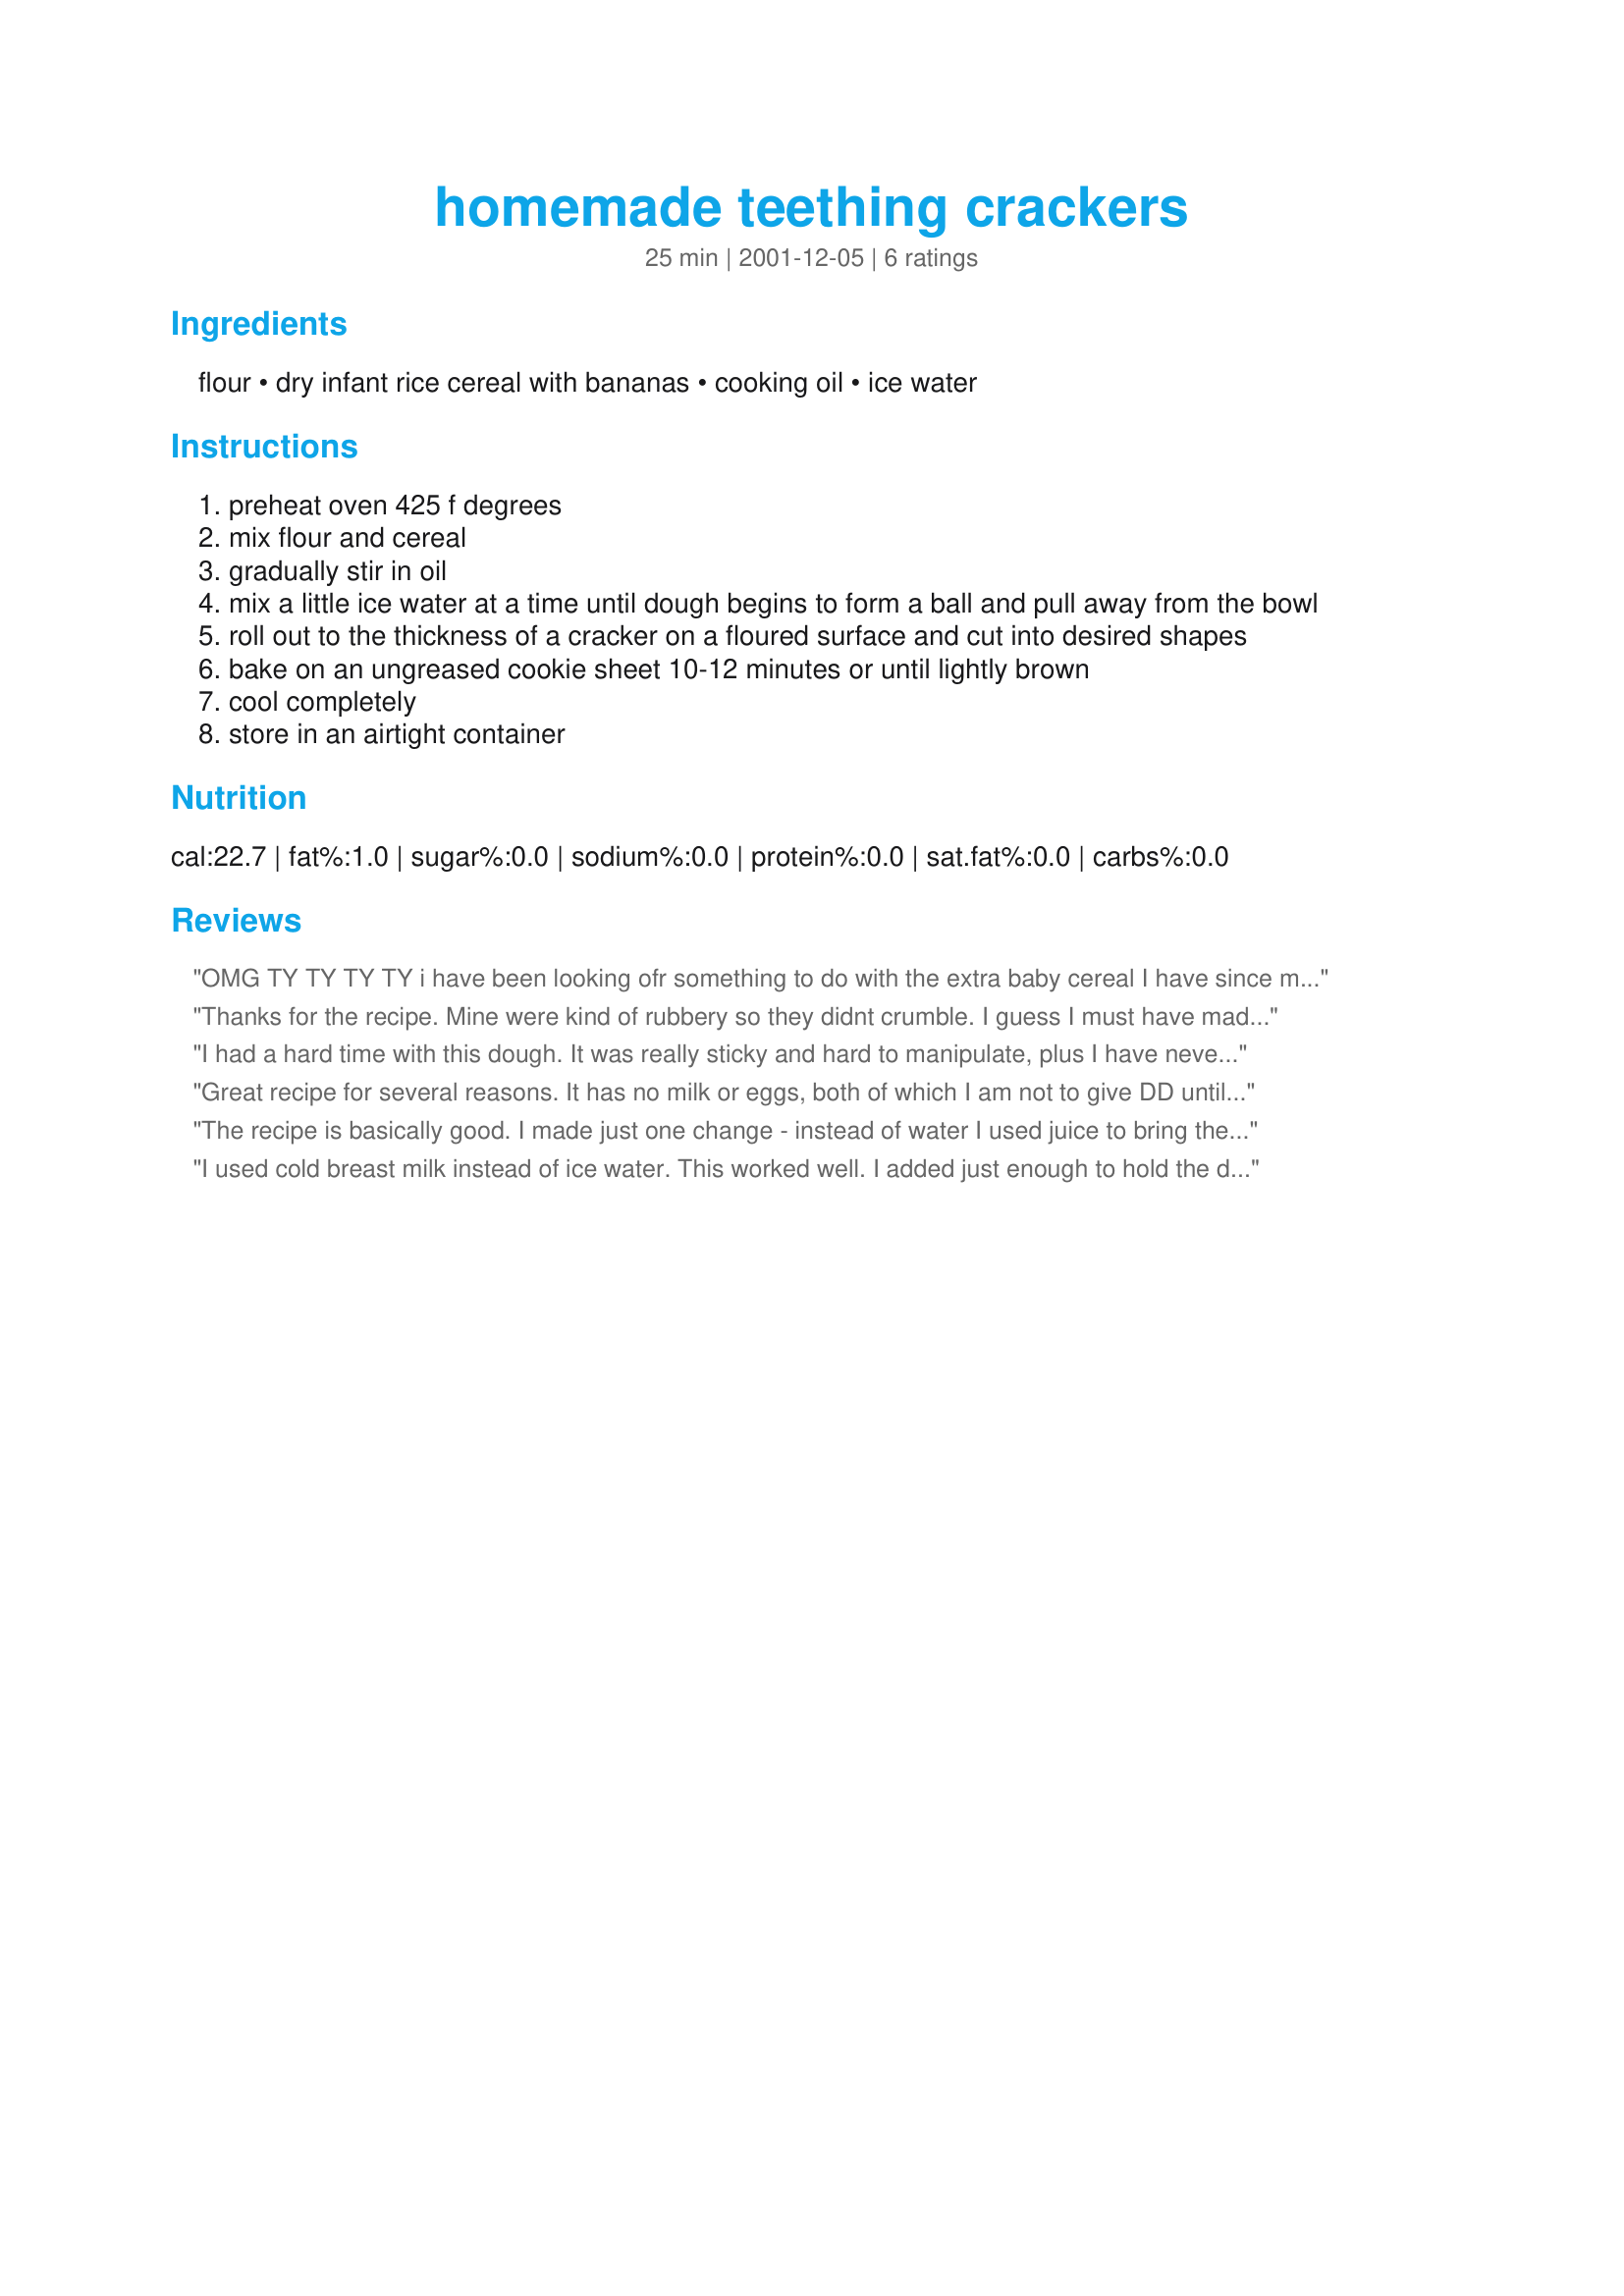
homemade teething crackers
Preparation time: 25 minutes

Ingredients:
flour, dry infant rice cereal with bananas, cooking oil, ice water

Steps:
preheat oven 425 f degrees
mix flour and cereal
gradually stir in oil
mix a little ice water at a time until dough begins to form a ball and pull away from the bowl
roll out to the thickness of a cracker on a floured surface and cut into desired shapes
bake on an ungreased cookie sheet 10-12 minutes or until lightly brown
cool completely
store in an airtight container

Reviews:
OMG TY TY TY TY i have been looking ofr something to do with the extra baby cereal I have since my grandson REFUSES to eat breakfast. I will be making this week and let ya know if he will eat these Tina from Oklahoma
Thanks for the recipe. Mine were kind of rubbery so they didnt crumble. I guess I must have made mine too big, It made 17 cookies. The dough was sticky for me too. i rolled it into balls with floured hands and flattened them with the bottom of the measuring cup. My daughter liked them too. Thanks again for a great recipe.
I had a hard time with this dough. It was really sticky and hard to manipulate, plus I have never made crackers before so I mostly made a big mess and wasted a lot of the dough. However, a few actually made it into the oven and the three year old actually ate some and the baby cries when you take them away, so I guess they are a hit! I will definately try again. I used half whole wheat flour. A note: these are not quite hard enough to be teething crackers, the chunks don't dissolve in the baby's mouth and she can get choked on them. So be watchful!
Great recipe for several reasons. It has no milk or eggs, both of which I am not to give DD until at least one year of age according to her pediatrician. So many infant recipes have one or both of those ingredients! They are hard so DD can suck and chew on them without them falling apart right away. I did have trouble with the dough - it is impossible to roll out! I rolled the dough into small balls, then flattened them with the bottom of a glass to make small round cookies. It worked well and was much less frustrating than my attempt at rolling the sticky dough.
The recipe is basically good. I made just one change - instead of water I used juice to bring the dough together. Added just a touch of sweetness and flavor. And I also cooked them until they were like hockey pucks. At 350 til golden brown, then down at 200 until hard enough I couldn't bite them apart easily. So far my 8 month old hasn't been able to crumble one, instead it sorta mushes off as he sucks/gums it.
I used cold breast milk instead of ice water. This worked well. I added just enough to hold the dough together - it's easier to add the liquid a bit at a time, just until you get cohesion - that way you won't get the sticky problem. Super easy. Thanks!
